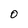
Character: O